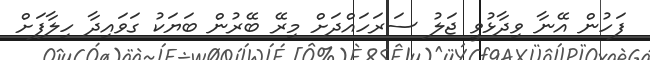
ފަހުން އޭނާ ވިދާޅުވީ ޖަލު ސަރަހައްދަށް މިރޭ ބޭރުން ބަޔަކު ގަވައިދާ ހިލާފަށް